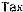
TAX